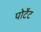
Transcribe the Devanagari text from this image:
पोर्टेट